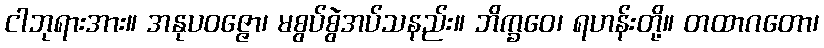
ငါဘုရားအား။ အနုပဝဇ္ဇော၊ မစွပ်စွဲအပ်သနည်း။ ဘိက္ခဝေ၊ ရဟန်းတို့။ တထာဂတော၊